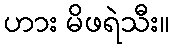
ဟား မိဖရဲသီး။